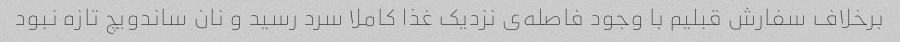
برخلاف سفارش قبلیم با وجود فاصله‌ی نزدیک غذا کاملا سرد رسید و نان ساندویچ تازه نبود